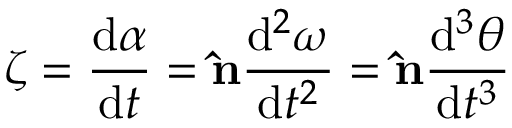
{ \boldsymbol { \zeta } } = { \frac { \mathrm { { d } } { \boldsymbol { \alpha } } } { \mathrm { { d } } t } } = \mathbf { \hat { n } } { \frac { \mathrm { { d } } ^ { 2 } \omega } { \mathrm { { d } } t ^ { 2 } } } = \mathbf { \hat { n } } { \frac { \mathrm { { d } } ^ { 3 } \theta } { \mathrm { { d } } t ^ { 3 } } }